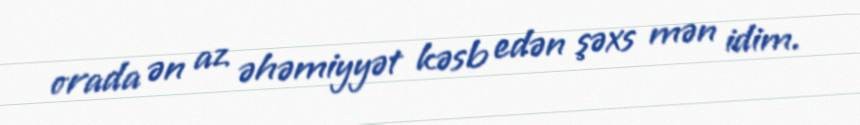
orada ən az əhəmiyyət kəsb edən şəxs mən idim.